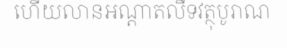
ហើយលានអណ្តាតលឹទវត្ថុបូរាណ